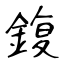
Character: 鍑